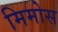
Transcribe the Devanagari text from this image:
मिमोस